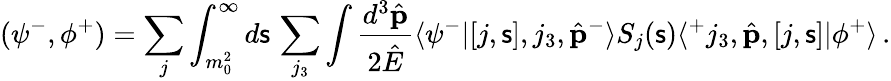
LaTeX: (\psi^{-},\phi^{+})=\sum_{j}\int_{m_{0}^{2}}^{\infty}d{\mathsf s}\, \sum_{j_{3}}\int\frac{d^{3}\hat{\mathbf p}}{2\hat{E}}\langle\psi^{-}|[j,{\mathsf s}],j_{3},\hat{\mathbf p}^{-}\rangle S_{j}({\mathsf s})\langle^{+}j_{3},\hat{\mathbf p},[j,{\mathsf s}]|\phi^{+}\rangle\, .